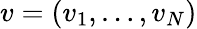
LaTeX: v=(v_{1},\dots,v_{N})